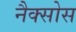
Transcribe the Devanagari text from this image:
नैक्सोस